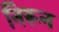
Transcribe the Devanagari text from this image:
निरून